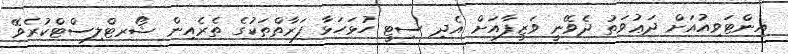
އިންޓަވިއުއަށް ދަޢުވަތު ދެވޭނީ ވަޒީފާއަށް އެދި ސިޓީ ހުޅަހަޅާ ފަރާތްތަކުގެ ތެރެއިން ޝޯރޓްލިސްޓްކުރެވޭ